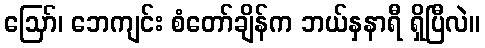
ဪ၊ ဘေကျင်း စံတော်ချိန်က ဘယ်နှနာရီ ရှိပြီလဲ။